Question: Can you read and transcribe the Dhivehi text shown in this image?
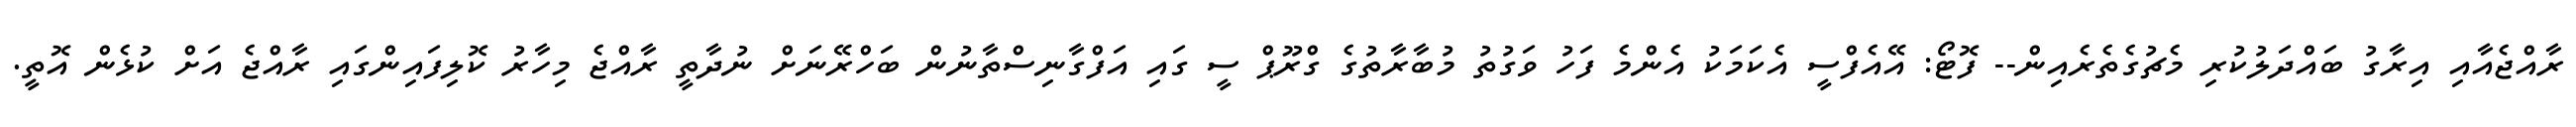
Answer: ރާއްޖެއާއި އިރާގު ބައްދަލުކުރި މެޗުގެތެރެއިން-- ފޮޓޯ: އޭއެފްސީ އެކަމަކު އެންމެ ފަހު ވަގުތު މުބާރާތުގެ ގްރޫޕް ސީ ގައި އަފްގާނިސްތާނުން ބަހްރޭނަށް ނުދާތީ ރާއްޖެ މިހާރު ކޮލިފައިންގައި ރާއްޖެ އަށް ކުޅެން އޮތީ.